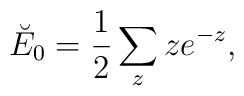
\breve{E}_0 =\frac 12 \sum_{z} ze^{-z},